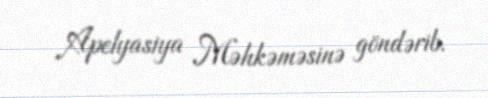
Apelyasiya Məhkəməsinə göndərib.